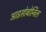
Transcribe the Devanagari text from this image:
आइसोबोर्निल